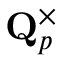
\mathbf { Q } _ { p } ^ { \times }